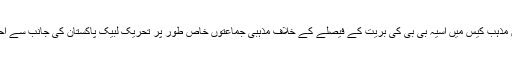
سپریم کورٹ کی جانب سے توہین مذہب کیس میں آسیہ بی بی کی بریت کے فیصلے کے خلاف مذہبی جماعتوں خاص طور پر تحریک لبیک پاکستان کی جانب سے احتجاج اور دھرنے دیے گئے تھے۔